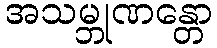
အသမ္ဘုဏန္တော